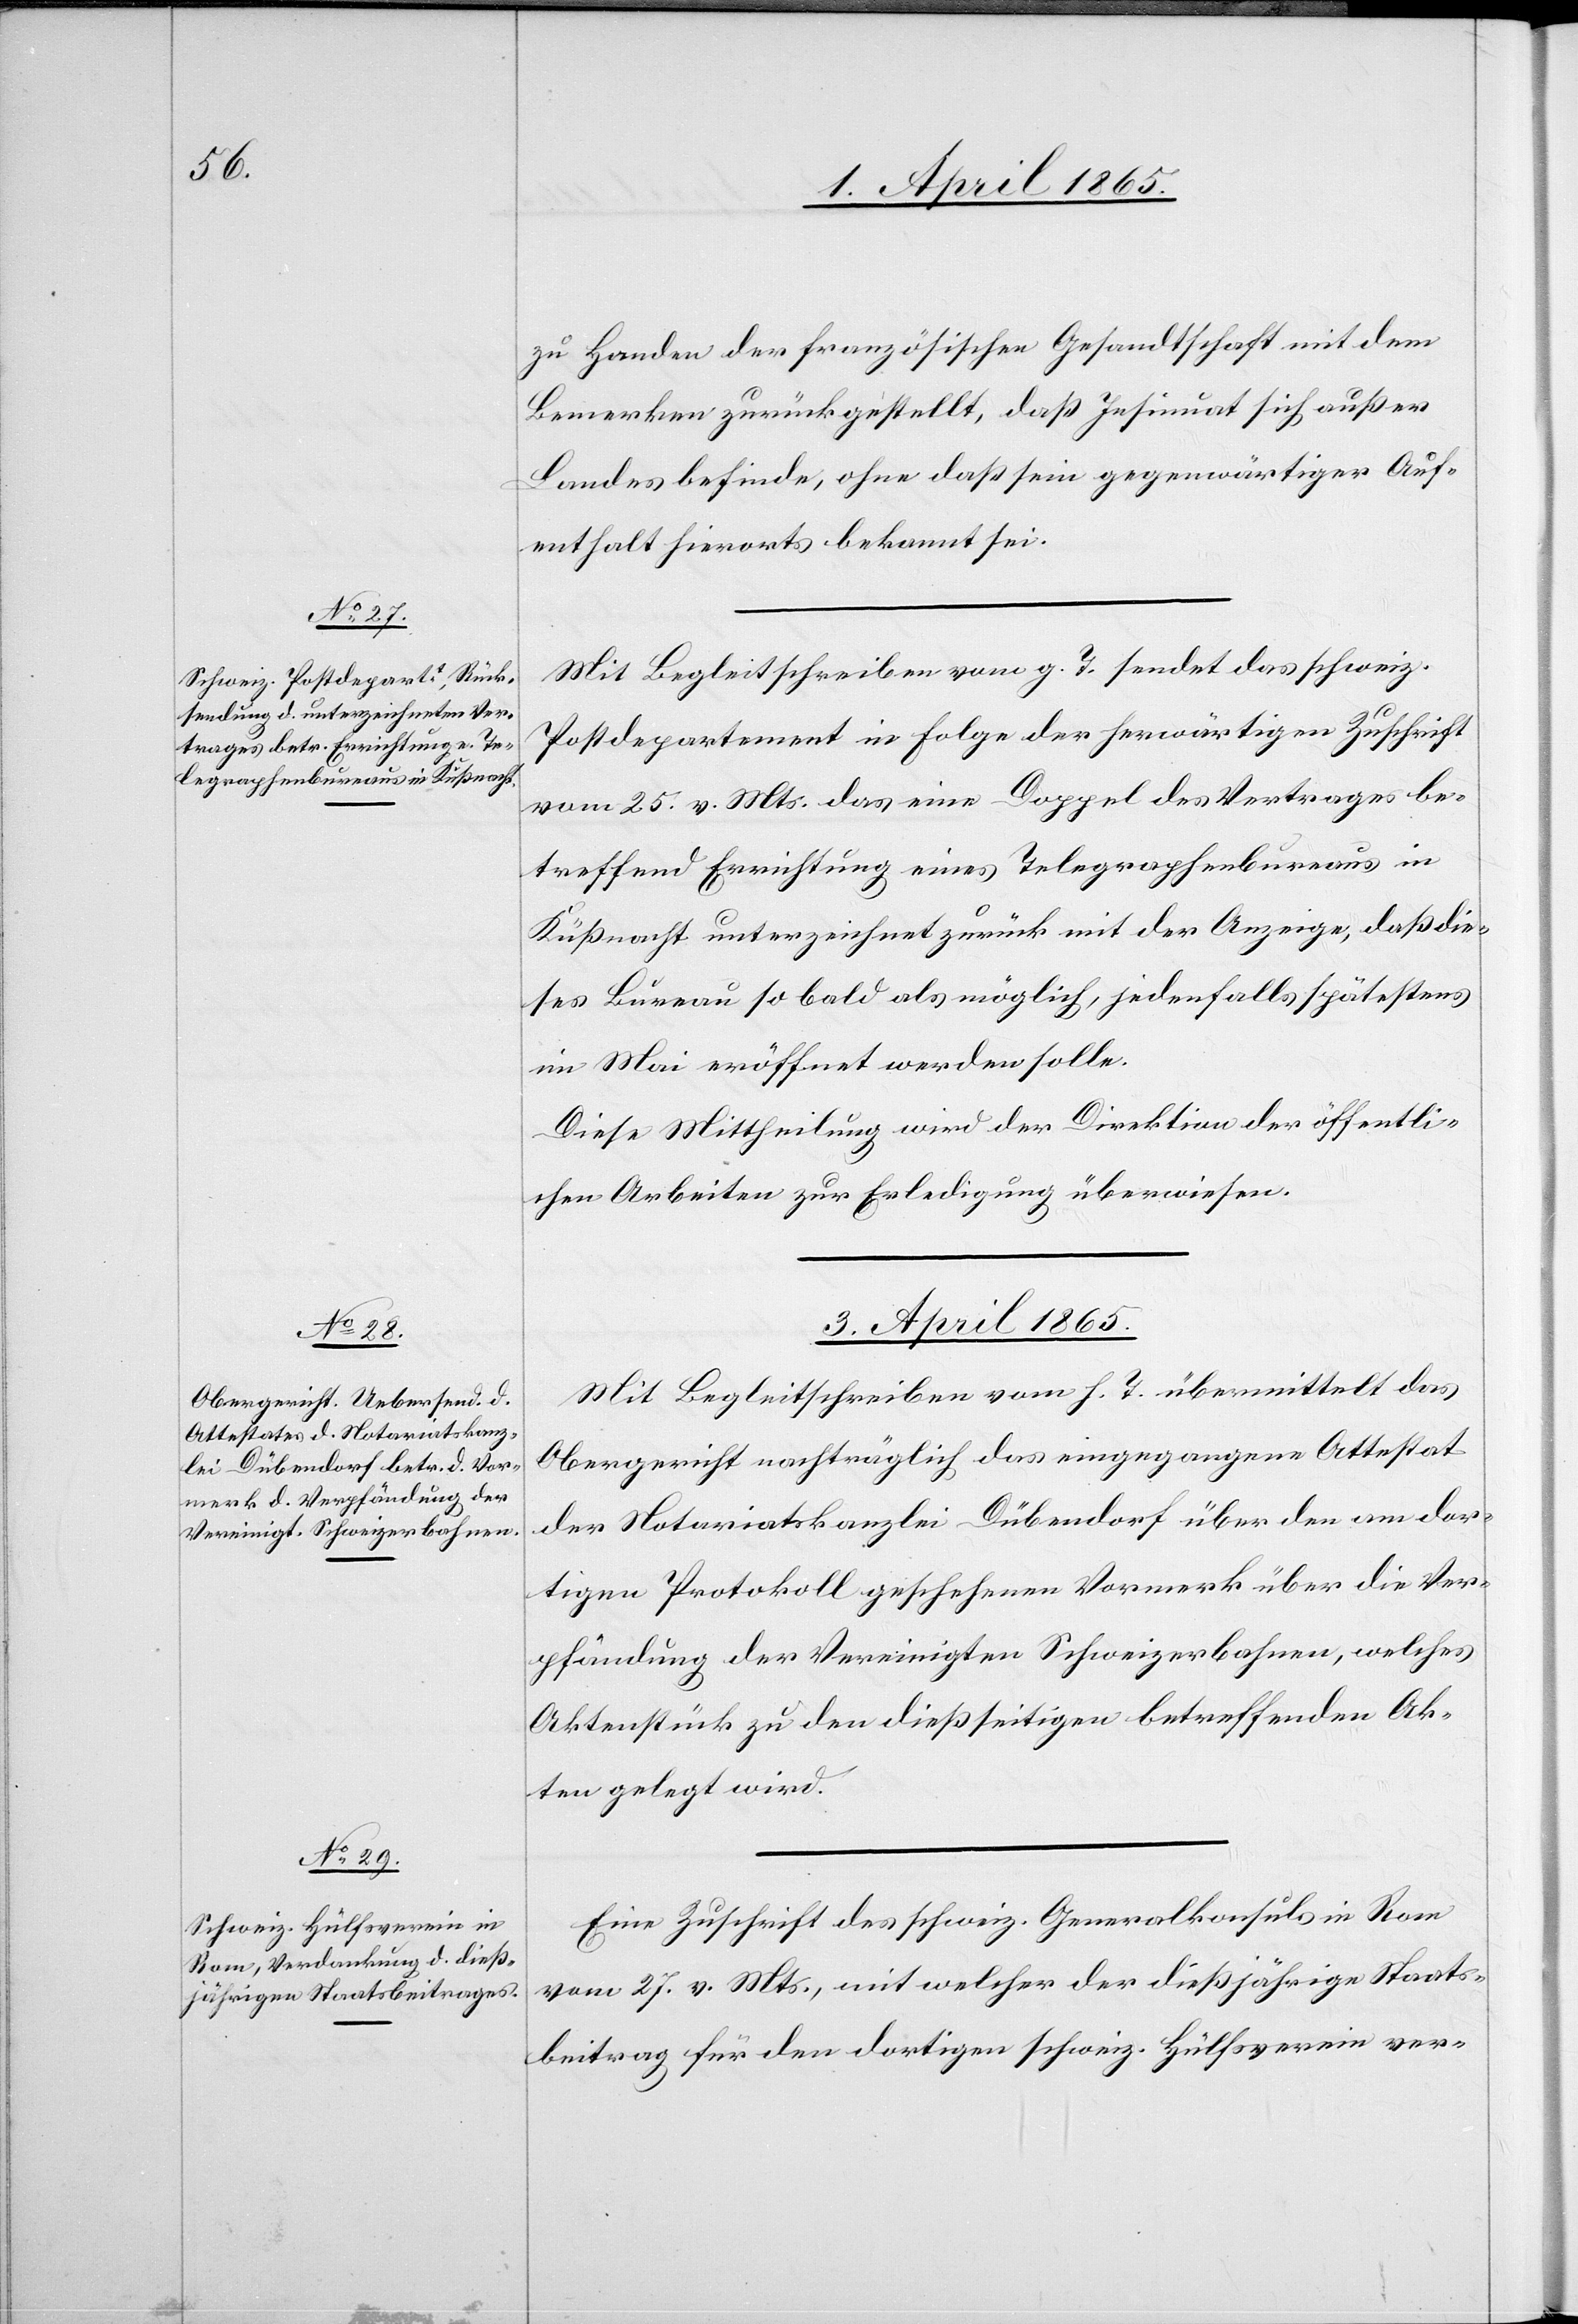
1. April 1865.]
zu Handen der französischen Gesandtschaft mit dem
Bemerken zurückgestellt, daß Insinuat sich außer
Landes befinde, ohne daß sein gegenwärtiger Auf¬
enthalt hierorts bekannt sei.
Mit Begleitschreiben vom g. T. sendet das schweiz.
Postdepartement in Folge der herwärtigen Zuschrift
vom 25. v. Mts. das eine Doppel des Vertrages be¬
treffend Errichtung eines Telegraphenbureaus in
Küßnacht unterzeichnet zurück mit der Anzeige, das die¬
ses Bureau so bald als möglich, jedenfalls spätestens
im Mai eröffnet werden solle.
Diese Mittheilung wird der Direktion der öffentli¬
chen Arbeiten zur Erledigung überwiesen.
3. April 1865.]
Mit Begleitschreiben vom h. T. übermittelt das
Obergericht nachträglich das eingegangene Attestat
der Notariatskanzlei Dübendorf über den am dor¬
tigen Protokoll geschehenen Vormerk über die Ver¬
pfändung der Vereinigten Schweizerbahnen, welches
Aktenstück zu den dießseitigen betreffenden Ak¬
ten gelegt wird.
Eine Zuschrift des schweiz. Generalkonsuls in Rom
vom 27. v. Mts., mit welcher der dießjährige Staats¬
beitrag für den dortigen schweiz. Hülfsverein ver-